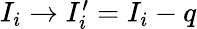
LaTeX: \begin{array}{r}{I_{i}\to I_{i}^{\prime}=I_{i}-q}\end{array}